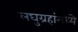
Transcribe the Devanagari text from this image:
लघुग्रहांमध्ये